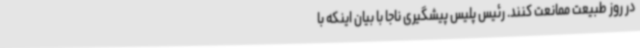
در روز طبیعت ممانعت کنند. رئیس پلیس پیشگیری ناجا با بیان اینکه با